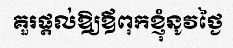
គួរផ្តល់ឱ្យឪពុកខ្ញុំនូវថ្ងៃ